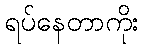
ရပ်နေတာကိုး